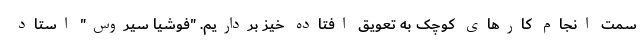
سمت انجام کارهای کوچک به تعویق افتاده خیز برداریم. "فوشیا سیروس" استاد